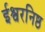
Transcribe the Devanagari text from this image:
ईश्वरनिष्ठ